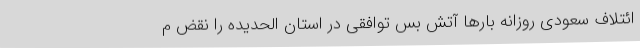
ائتلاف سعودی روزانه بارها آتش بس توافقی در استان الحدیده را نقض م